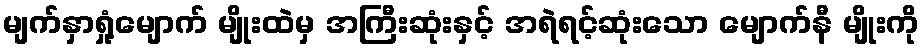
မျက်နှာရှုံ့မျောက် မျိုးထဲမှ အကြီးဆုံးနှင့် အရဲရင့်ဆုံးသော မျောက်နီ မျိုးကို